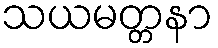
သယမတ္တနာ